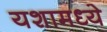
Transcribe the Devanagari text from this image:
यशामध्ये